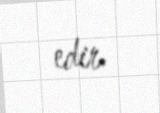
edir.